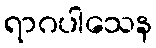
ရာဂပါသေန